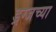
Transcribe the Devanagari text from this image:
ड्रग्जच्या